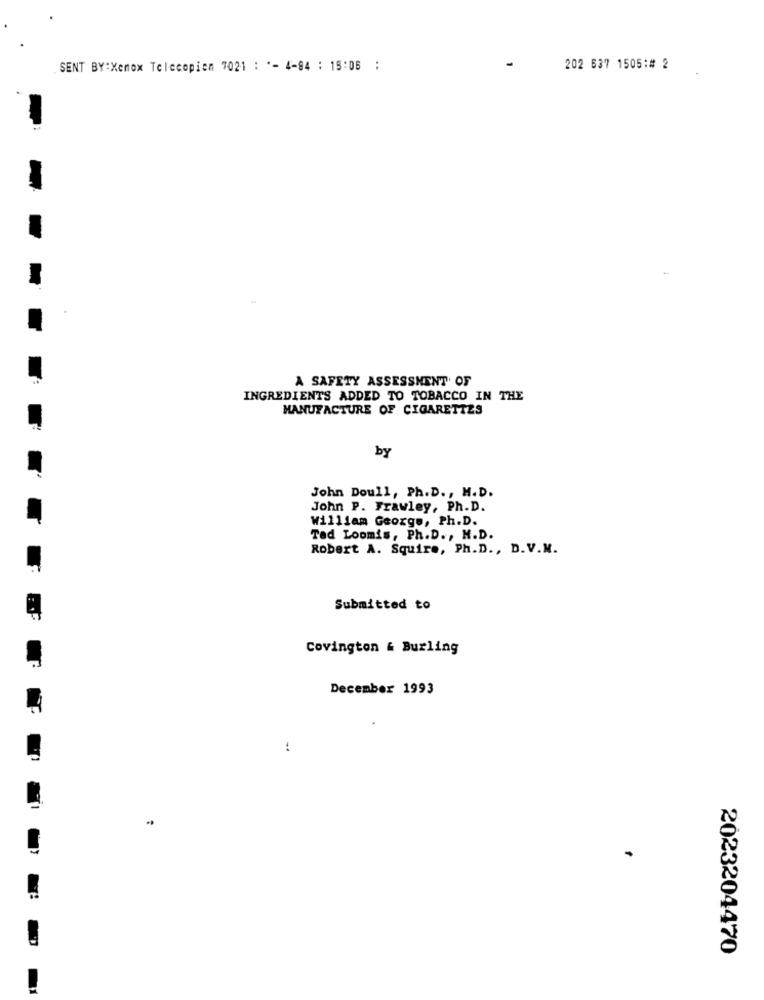
SENT BY:Xenox Telecopien 7021 : "- 4-94 : 15:06 :
202 637 1505:# 2
A SAFETY ASSESSMENT OF
INGREDIENTS ADDED TO TOBACCO IN THE
MANUFACTURE OF CIGARETTES
by
John Doull, Ph. D ., M.D.
John P. Frawley, Ph. D.
William George, Ph.D.
Tad Loomis, Ph.D ., M.D.
Robert A. Squire, Ph.D ., D.V.M.
Submitted to
Covington & Burling
December 1993
:
-
2023204470